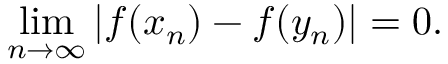
\operatorname* { l i m } _ { n \to \infty } | f ( x _ { n } ) - f ( y _ { n } ) | = 0 .